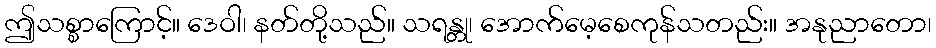
ဤသစ္စာကြောင့်။ ဒေဝါ၊ နတ်တို့သည်။ သရန္တု၊ အောက်မေ့စေကုန်သတည်း။ အနုညာတော၊